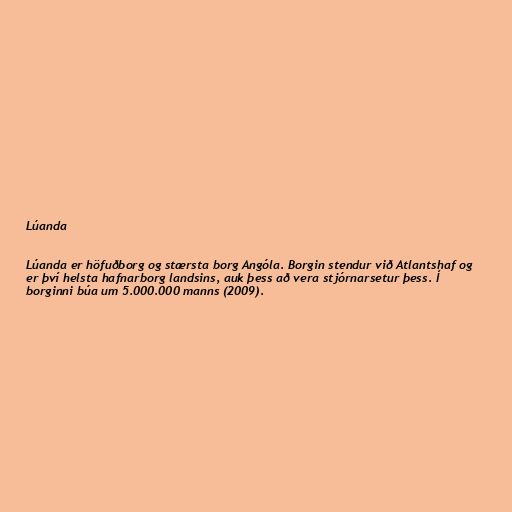
Lúanda

Lúanda er höfuðborg og stærsta borg Angóla. Borgin stendur við Atlantshaf og
er því helsta hafnarborg landsins, auk þess að vera stjórnarsetur þess. Í
borginni búa um 5.000.000 manns (2009).